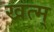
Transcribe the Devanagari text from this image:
खत्म्